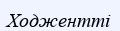
Ходжентті